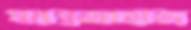
মরম্নজাহাজ